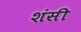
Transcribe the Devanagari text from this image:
शंसी